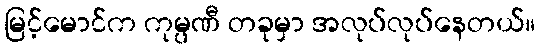
မြင့်မောင်က ကုမ္ပဏီ တခုမှာ အလုပ်လုပ်နေတယ်။